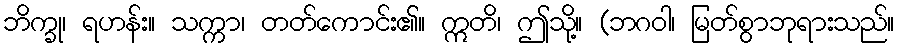
ဘိက္ခု၊ ရဟန်း။ သက္ကာ၊ တတ်ကောင်း၏။ ဣတိ၊ ဤသို့။ (ဘဂဝါ၊ မြတ်စွာဘုရားသည်။